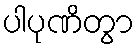
ပါပုဏိတွာ